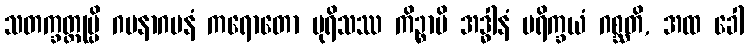
သတက္ခတ္တုမ္ပိ ဂမနာဂမနံ ကရောတော ပုရိသဿ ကိဉ္စာပိ အဒ္ဓါနံ ပရိက္ခယံ ဂစ္ဆတိ, အထ ခေါ